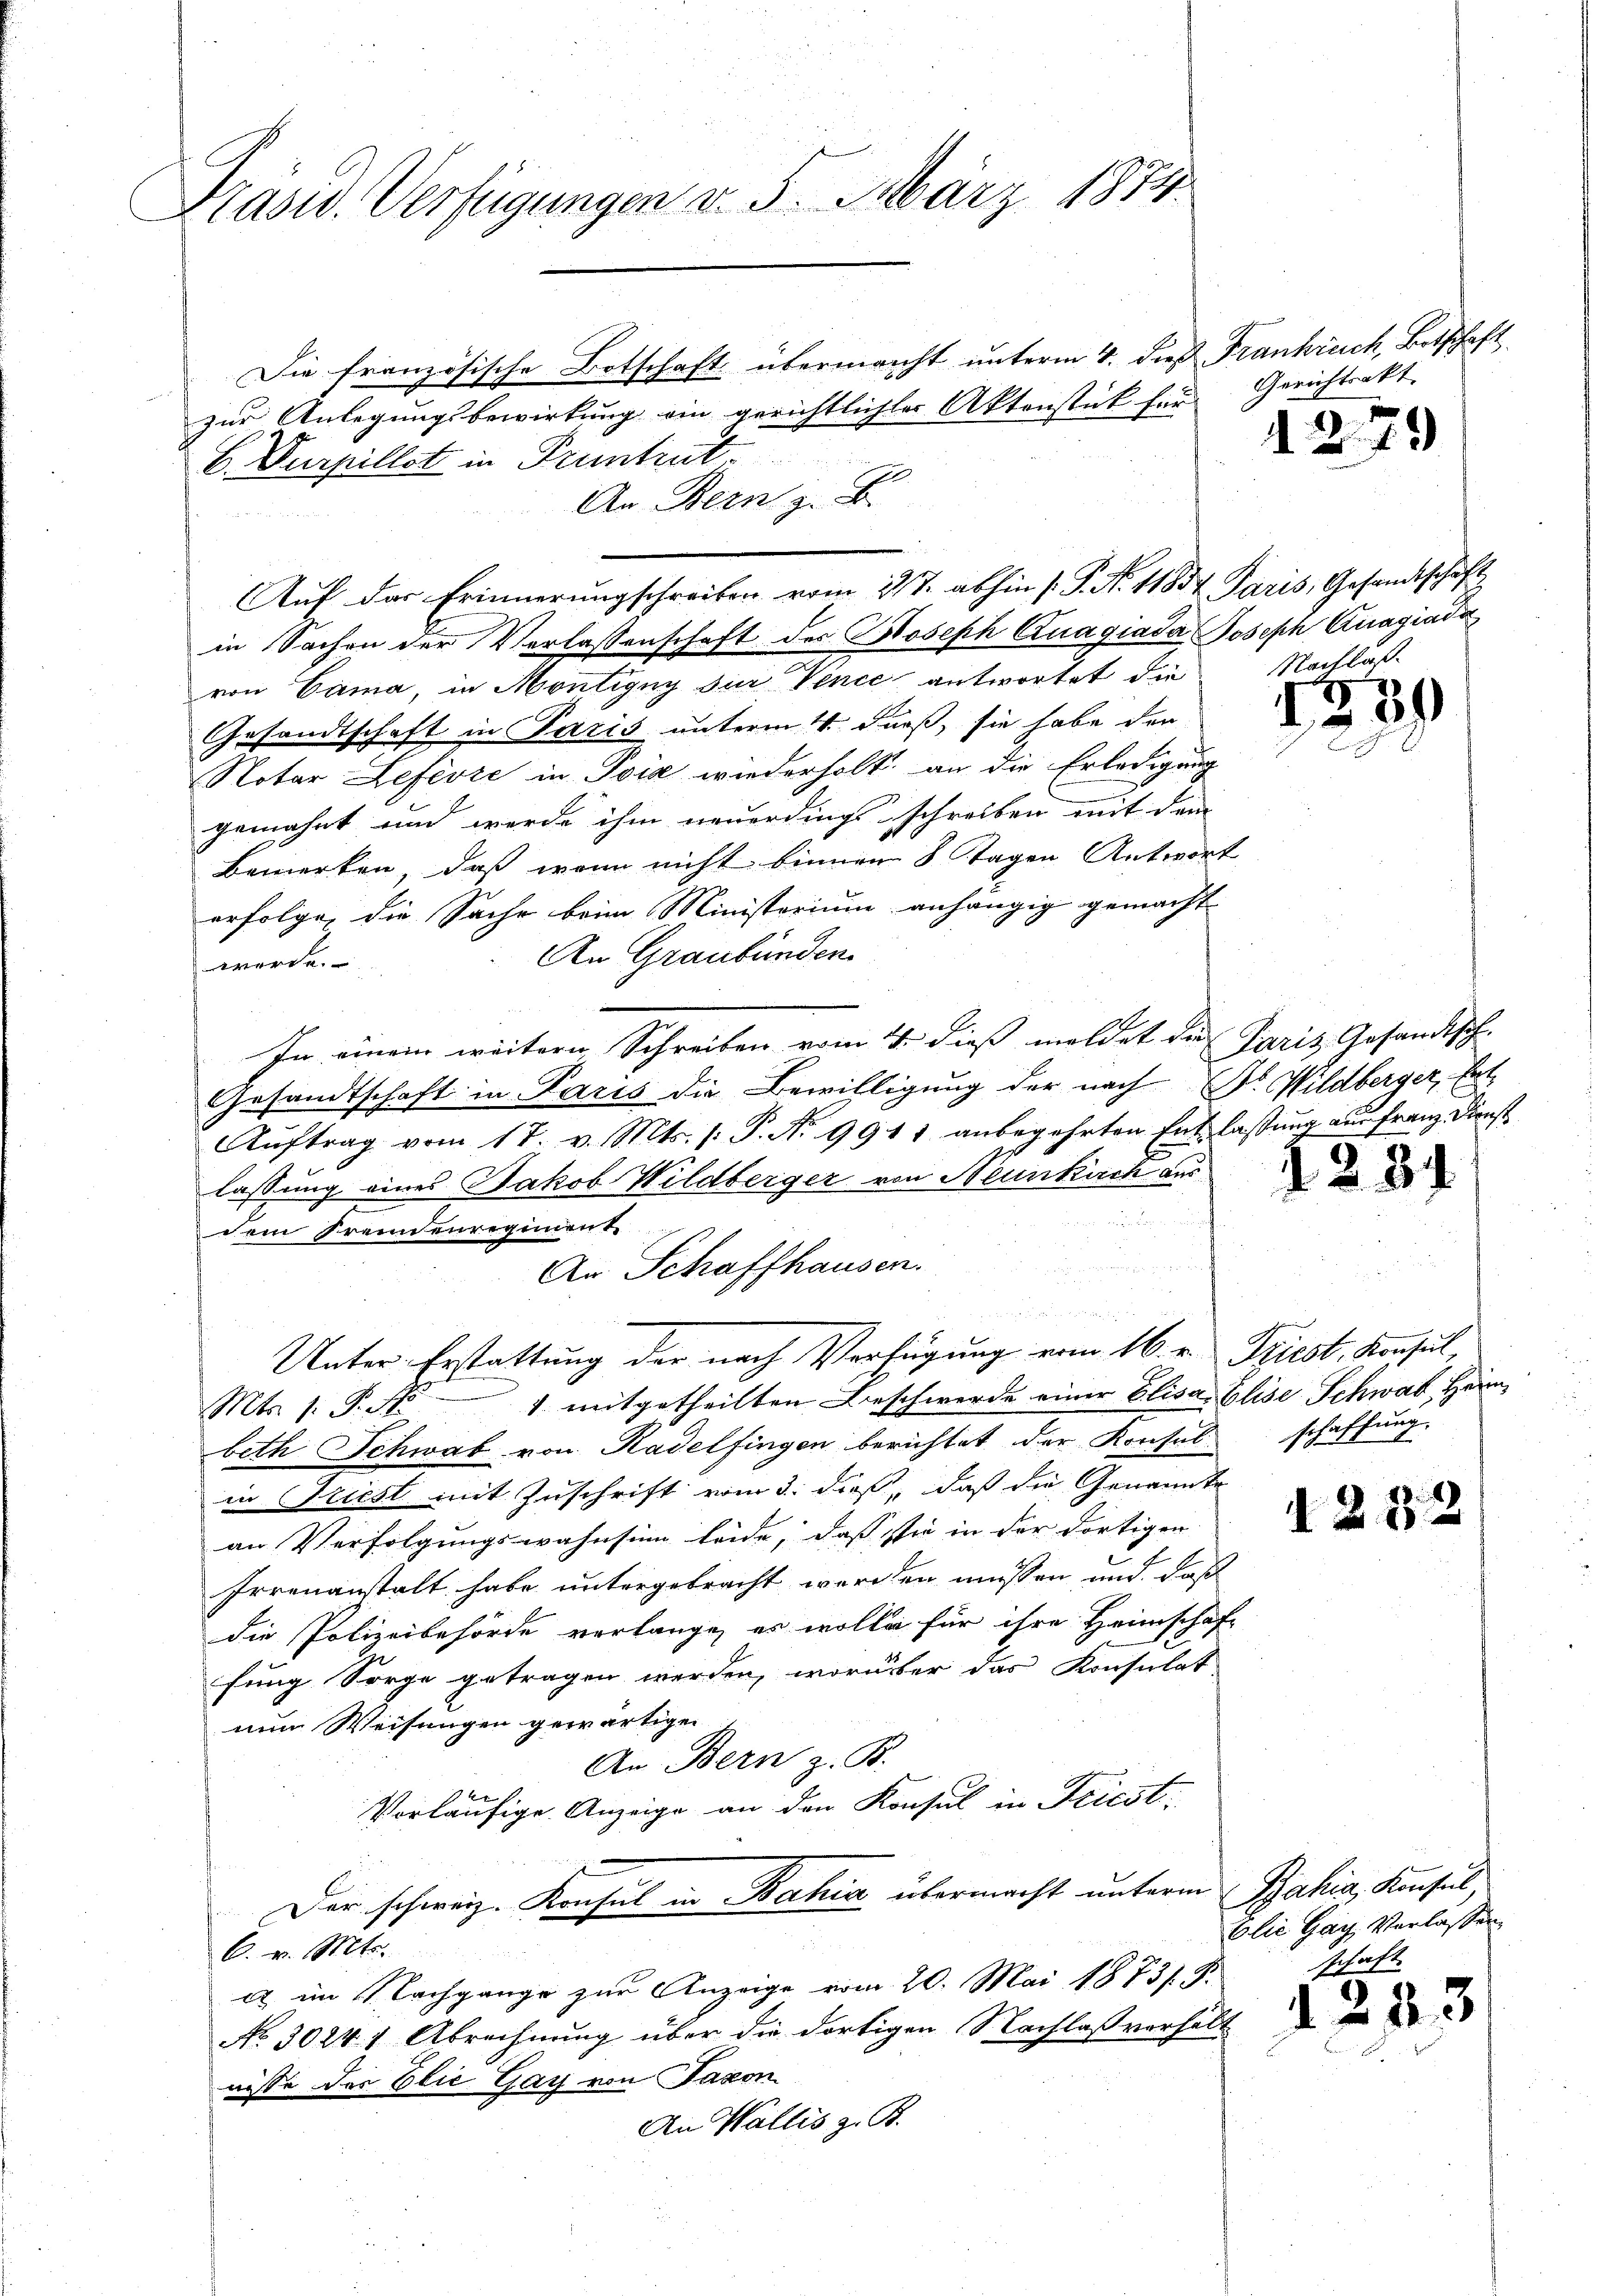
Präsid. Verfügungen v. 5. März 1874.

Die französische Botschaft übermacht unterm 4. dieß Frankreich, Botschaft
zur Anlegungsbewirkung ein gerichtlichter Aktenstück für Gerichtsakt
B. Durpillat in Pruntrut
An Bern z. B.
in Sachen der Verlassenschaft des Joseph Anagiada, Joseph Knagiada
von Cama, in Montigny zur Vince antwortet die
Gesandtschaft in Paris unterm 4. Fuß, sie habe den
Notar Lefevre in Pois wiederholt, an die Erledigung
gemahnt und werde ihm neuerdingsschreiben mit dem
Bemerken, daß wenn nicht binnen 8 Tagen Antwort
erfolge, die Sache beim Ministerium anhängig gemacht
An Graubünden.
werde.
In einem weitern Schreiben vom 4. dieß meldet die Paris Gesandisch-
Gesandtschaft in Paris die Bewilligung der nach Dr. Wildberger, Ent¬
Aŭftrag vom 17. v. Mts. (: P. Nr. 9911 anbegehrten Entlassung aus Franz Dienst
lassung eines Jakob Wildberger von Neunkirch des
dem Freunenregiment
n
An Schaffhausen.
.
 die Sache der alle in der Fortsein, den 10
Unter-Erstattung der nach Verfügung vom 16. v. Triest, Konsul,
Mts. 1. P. Nr. 1 mitgetheilten Beschwerde einer Elisa Elise Schwat, Herm
beth Schwab von Radelfingen berichtet der Konsul schaffung.
in Triest mit Zuschrift vom 3. dieß, daß die Genannte
an Verfolgungswahnsinn leide, daß sie in der dortigen
Irrenanstalt habe untergebracht werden müssen und daß
die Polizeibehörde verlange, es wolle für ihre Heimschaft
fung Sorge getragen werden, worüber das Konsulat
nun Weisungen gewärtigen
An Bern z. B.
Vorläufige Anzeige an den Konsul in Friest:
Der schweiz. Konsul in Bahia übermacht unterm Bahia, Konsul,
6. v. Mts.
a im Nachgange zur Anzeige vom 20. Mai 1873/. P.
No 30241 Abrechnung über die dortigen Nachlaßverhält
nisse der Elie Gay von Taxon
An Wallis z. B.

Auf das Erinnerungschreiben vom 317. abhin (P. N. 11834. Paris, Gesandtschaft

2

Nachlaß.

18

3)

228.

1252

79

blic Gay, Verlassen
schaft.

23